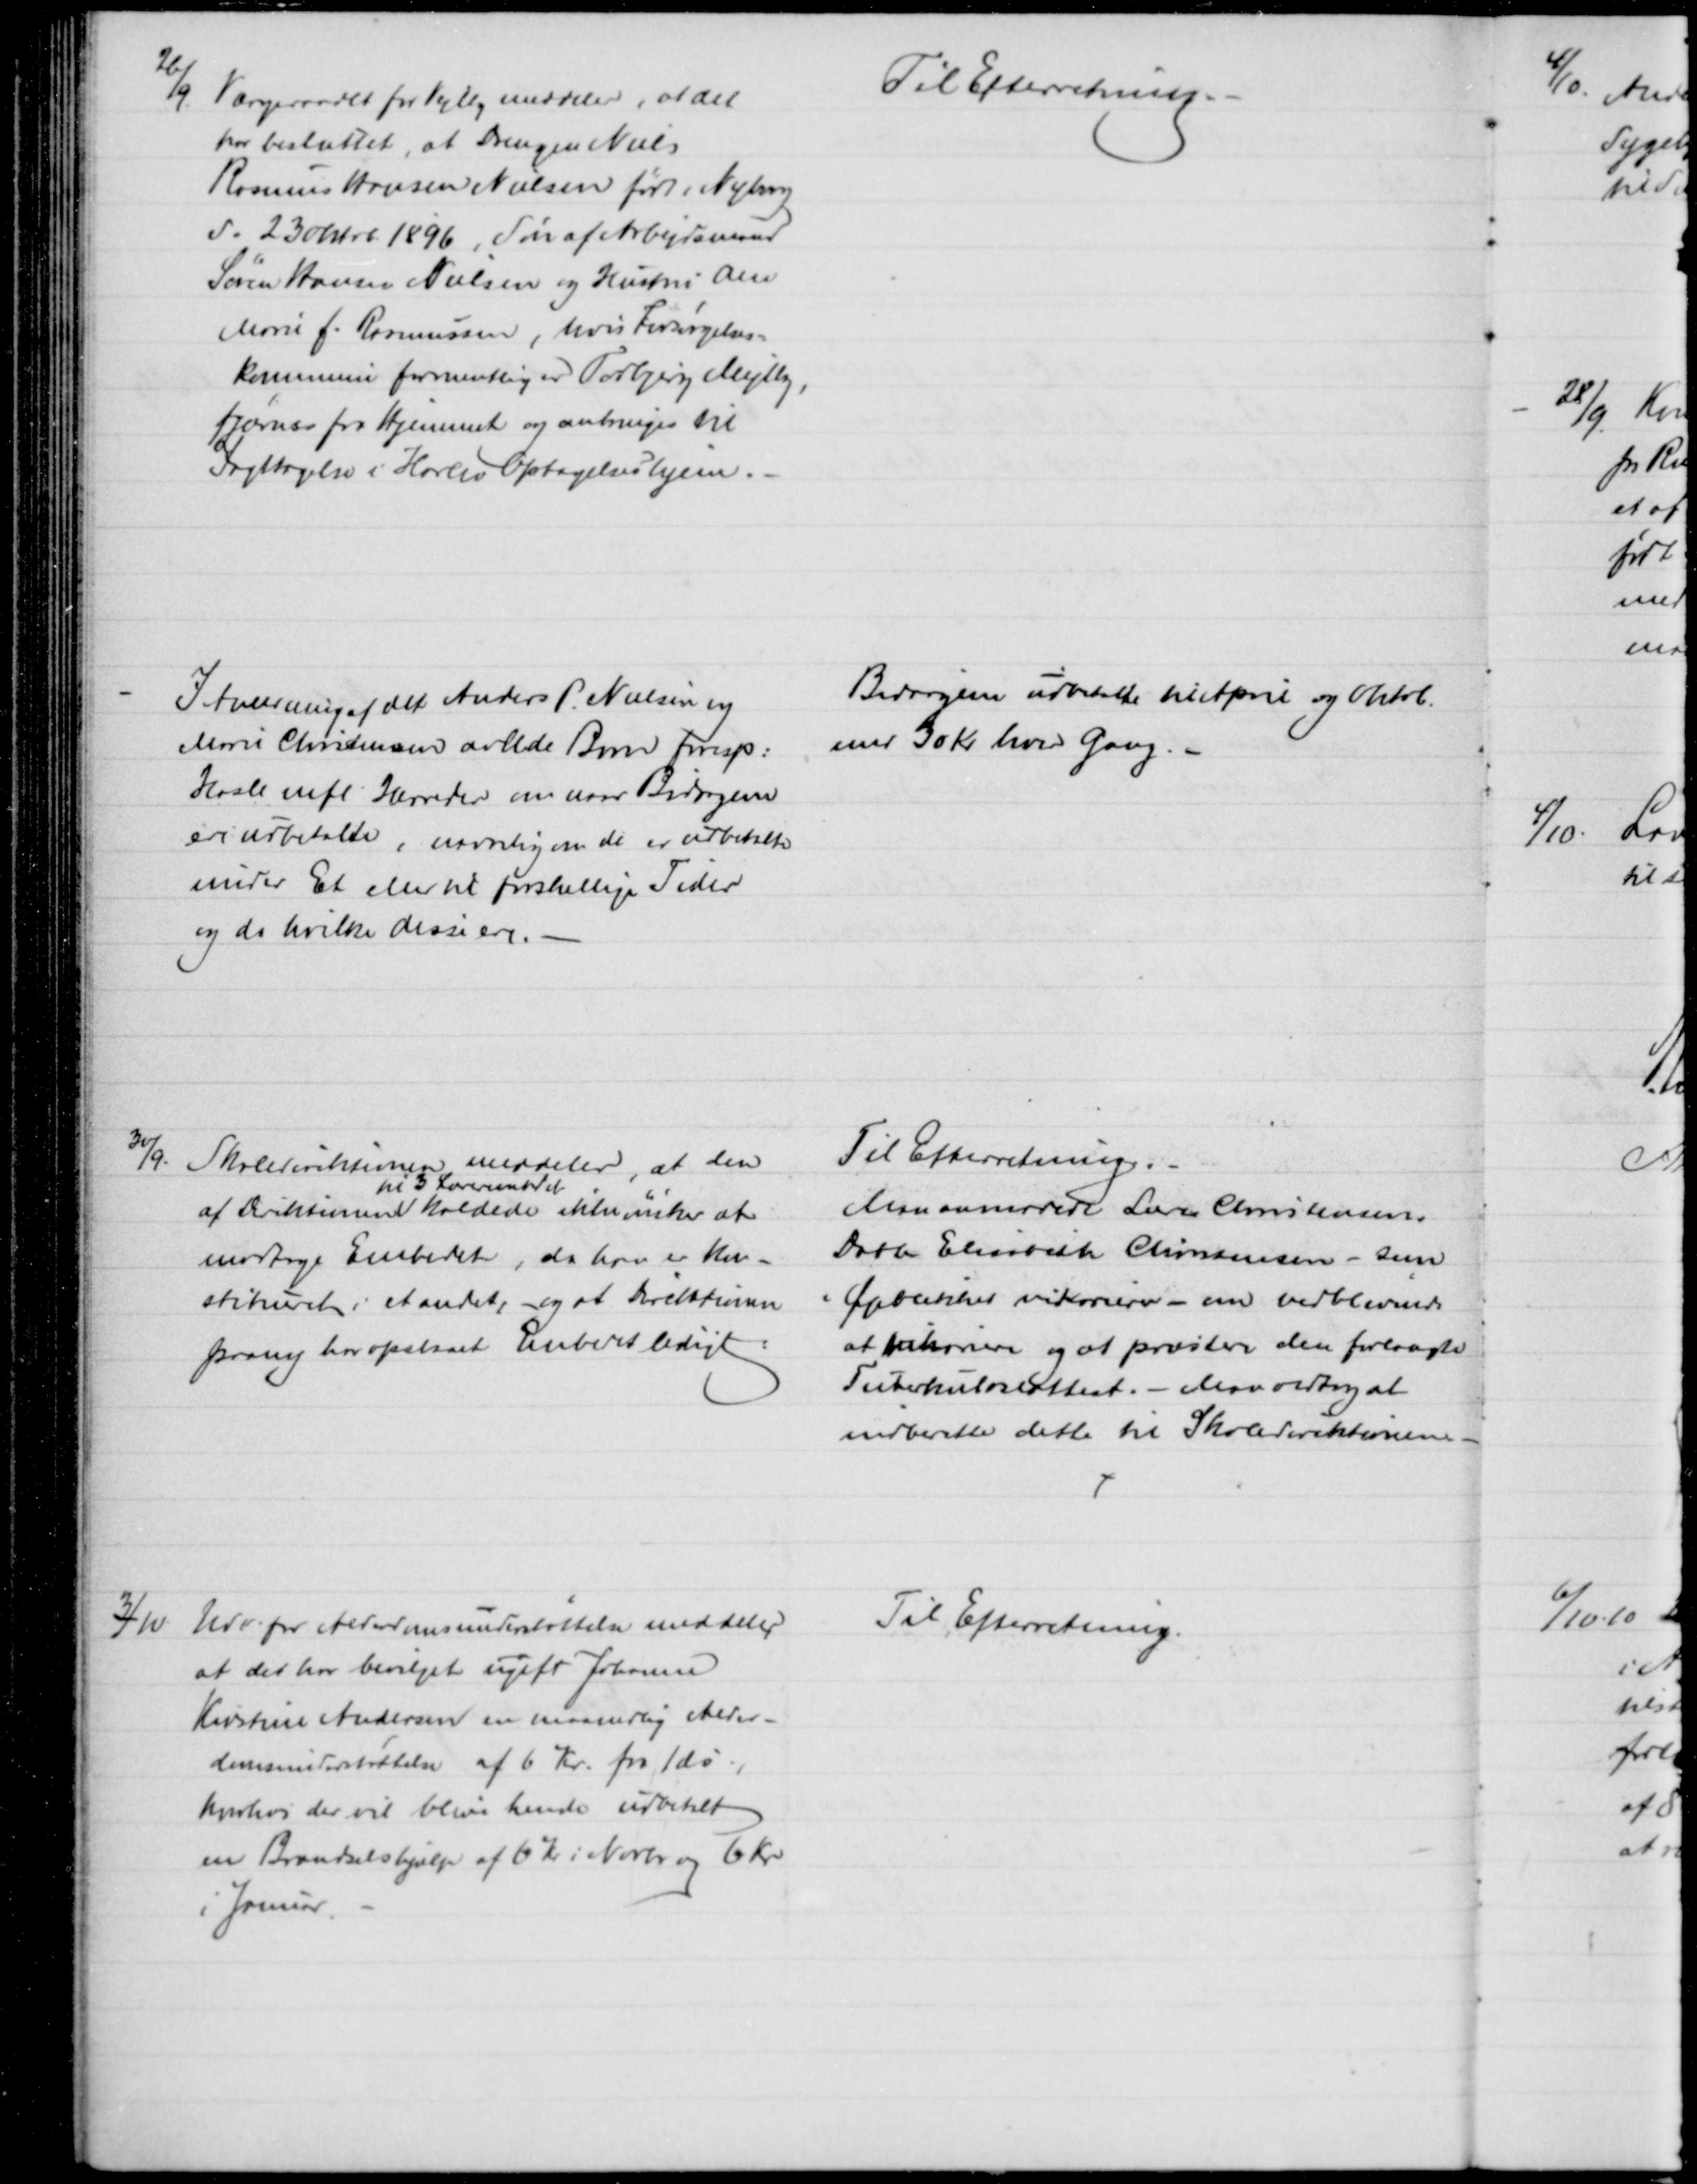
Transskription:
26/9.
Værgeraadet for Vejlby meddeler, at det
har besluttet, at Drengen Niels
Rasmus Hansen Nielsen født i Nyborg
d. 23 Oktob 1896, Søn af Arbejdsmand
Søren Hansen Nielsen og Hustru Ane
Marie f. Rasmussen, hvis Forsørgelses-
kommune formentlig er Todbjerg Mejlby,
fjærnes fra Hjemmet og anbringes til
Iagttagelse i Harlev Optagelseshjem.
Til Efterretning.
I Anledning af det Anders P. Nielsen og
Marie Christensen avlede Barn Foresp:
Hasle mfl Herreder om naar Bidragene
ere udbetalte, navnlig om de er udbetalte
under Et eller til forskellige Tider
og da hvilke disse ere.
Bidragene udbetalte til April og Oktob.
med 30 Kr hver Gang. 
30/9. Skoledirektionen meddeler, at den
af Direktionen 
til 3 Lærerembedet
kaldede ikke ønsker at 
modtage Embedet, da han er kon-
stitueret i et andet, og at Direktionen
paany har opslaaet Embedet ledigt
Til Efterretning.
Man anmodede Lærer Christensens
Datter Elisabeth Christensen - som
i Øjeblikket vikarerer - om vedblivende
at vikariere og at præstere den forlangte
Tuberkuloseattest. - Man vedtog at 
indberette dette til Skoledirektionen.
3/10
Udv. for Alderdomsunderstøttelse meddeler
at det har bevilget ugift Johanne
Kirstine Andersen en maanedlig Alder-
domsunderstøttelse af 6 Kr. fra 1ds.,
hvorhos der vil blive hende udbetalt
en Brændselshjælp af 6 Kr i Novbr og 6 Kr
i Januar
Til Efterretning.